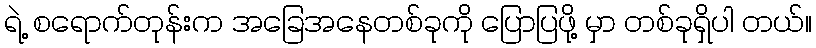
ရဲ့ စရောက်တုန်းက အခြေအနေတစ်ခုကို ပြောပြဖို့ မှာ တစ်ခုရှိပါ တယ်။